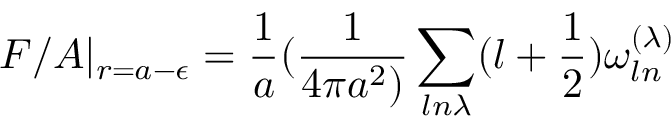
F / A | _ { r = a - \epsilon } = { \frac { 1 } { a } } ( { \frac { 1 } { 4 \pi a ^ { 2 } ) } } \sum _ { l n \lambda } ( l + { \frac { 1 } { 2 } } ) \omega _ { l n } ^ { ( \lambda ) }